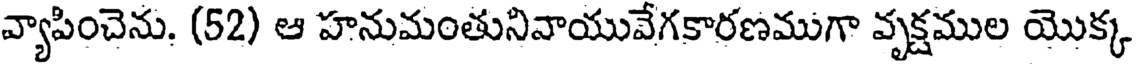
వ్యాపించెను. (52) ఆ హనుమంతునివాయువేగకారణముగా వృక్షముల యొక్క